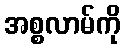
အစ္စလာမ်ကို